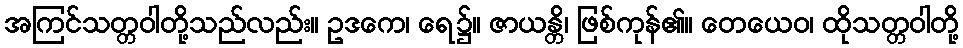
အကြင်သတ္တဝါတို့သည်လည်း။ ဥဒကေ၊ ရေ၌။ ဇာယန္တိ၊ ဖြစ်ကုန်၏။ တေယေဝ၊ ထိုသတ္တဝါတို့